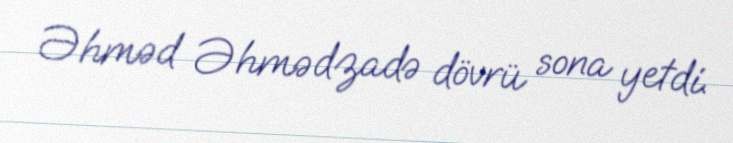
Əhməd Əhmədzadə dövrü sona yetdi.